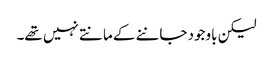
لیکن باوجود جاننے کے مانتے نہیں تھے۔